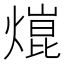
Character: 熴